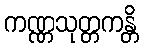
ကဏ္ဏသုတ္တကန္တိ